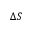
\Delta S